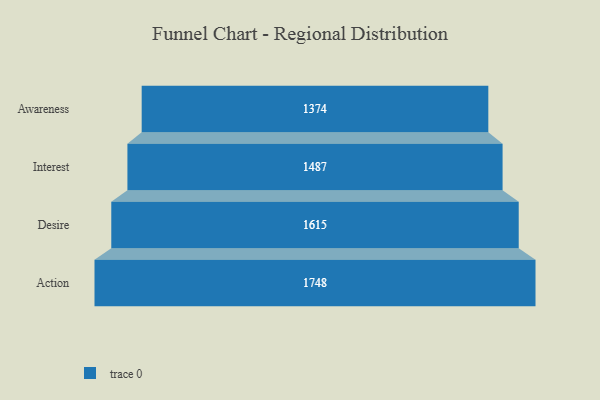
{"axis": {"x": "Stage", "y": "Value"}, "legend": [""], "data": [{"x": "Awareness", "y": 1374.0, "type": ""}, {"x": "Interest", "y": 1487.0, "type": ""}, {"x": "Desire", "y": 1615.0, "type": ""}, {"x": "Action", "y": 1748.0, "type": ""}]}